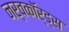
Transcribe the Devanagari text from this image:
नर्वकॉर्ड्स